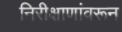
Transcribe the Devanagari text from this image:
निरीक्षाणांवरून